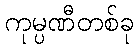
ကုမ္ပဏီတစ်ခု